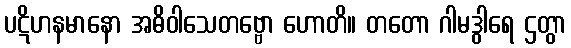
ပဋိဟနမာနော အဓိဝါသေတဗ္ဗော ဟောတိ။ တတော ဂါမဒွါရေ ဌတွာ